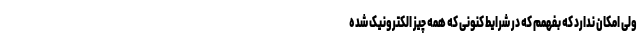
ولی امکان ندارد که بفهمم که در شرایط کنونی که همه چیز الکترونیک شده